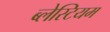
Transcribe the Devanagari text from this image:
ब्लेस्टियम